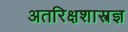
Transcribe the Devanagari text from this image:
अतरिक्षशास्त्रज्ञ